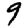
Digit: 9